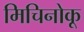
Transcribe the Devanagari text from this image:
मिचिनोकू